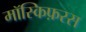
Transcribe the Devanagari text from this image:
मॉस्किफ़रस